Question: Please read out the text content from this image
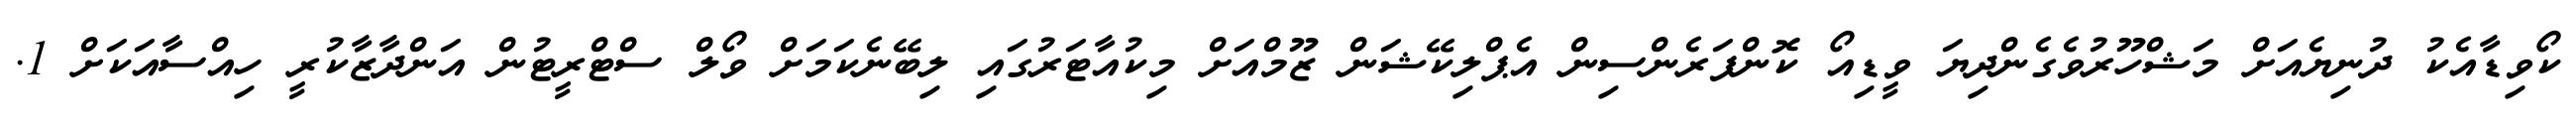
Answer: ކޯވިޑާއެކު ދުނިޔެއަށް މަޝްހޫރުވެގެންދިޔަ ވީޑިއޯ ކޮންފަރެންސިން އެޕްލިކޭޝަން ޒޫމްއަށް މިކުއާޓަރުގައި ލިބޭނެކަމަށް ވޯލް ސްޓްރީޓުން އަންދާޒާކުރީ ހިއްސާއަކަށް 1.